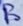
Text: B